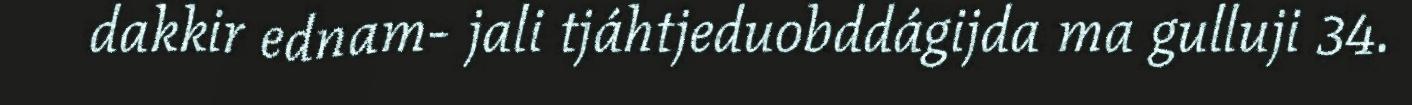
dakkir ednam- jali tjáhtjeduobddágijda ma gulluji 34.